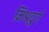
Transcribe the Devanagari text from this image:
मिश्रदुर्ग